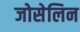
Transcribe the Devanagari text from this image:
जोसेलिन